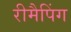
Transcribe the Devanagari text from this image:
रीमैपिंग